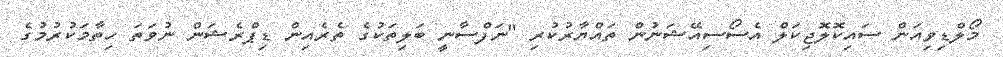
މޯލްޑިވިއަން ސައިކޮލޮޖިކަލް އެސޯސިއޭޝަނުން ތައްޔާރުކުރި "ނަފްސާނީ ބަލިތަކުގެ ތެރެއިން ޑިޕްރެޝަން ނުވަތަ ހިތާމަކުރުމުގެ